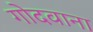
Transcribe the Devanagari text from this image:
गोदवाना